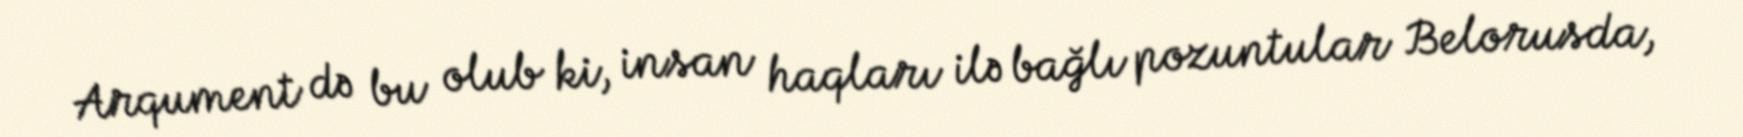
Arqument də bu olub ki, insan haqları ilə bağlı pozuntular Belorusda,